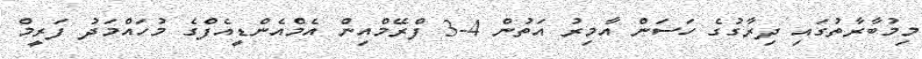
މިމުބާރާތުގައި ދިރާގުގެ ހަސަން އާމިރު އަތުން 4-3 ފްރޭމްއިން އެމްއެންޑީއެފްގެ މުހައްމަދު ފަރީމް